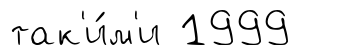
так'и́м'и 1999